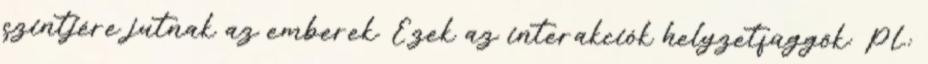
szintjére jutnak az emberek. Ezek az interakciók helyzetfüggők: Pl.: